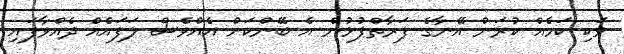
ވަކި ކަމެއް ކުރަން އޭނާގެ ފަރާތްޕުޅުން އެ ބޭންކަށް އެއްވެސް ލަފައެއް ދެއްވާފައި